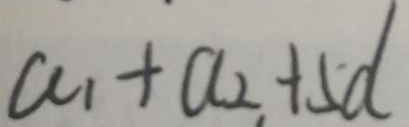
a _ { 1 } + a _ { 2 } + 5 d